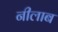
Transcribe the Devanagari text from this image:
नीलाब